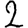
Digit: 2